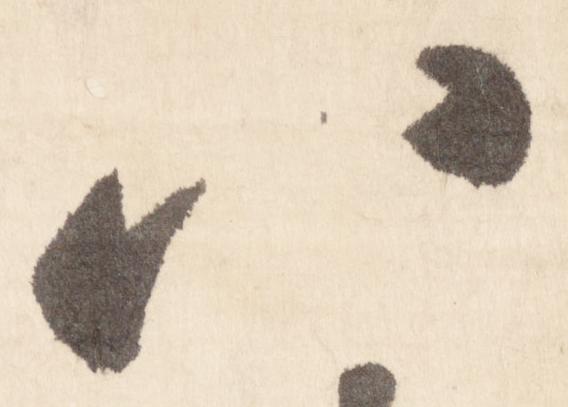
八